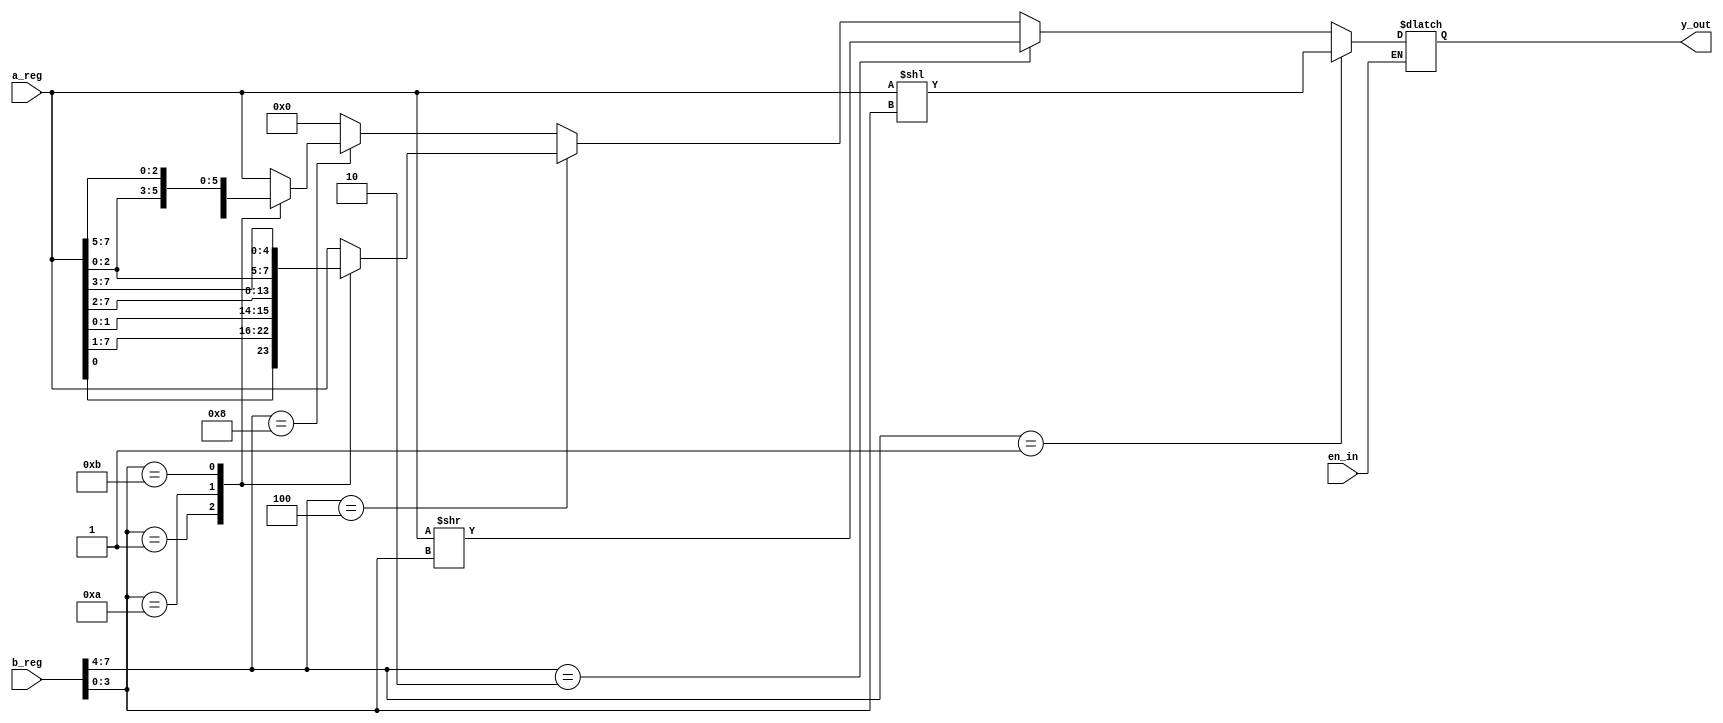
module shift_rotate(output reg[7:0] y_out,
                    input[7:0] a_reg,b_reg,
                    input en_in);
// mode = 0001 : left shift
// mode = 0010: right shift
// mode = 0100: right rotate
// mode = 1000: left rotate

wire [3:0]mode;
assign mode = b_reg[7:4];

always@(*)
begin
if (en_in ==0)
begin
if(mode == 4'b0001) begin
y_out = a_reg<<b_reg[3:0]; end
else if (mode == 4'b0010)
begin y_out =a_reg>> b_reg[3:0];end

/*if( mode == 4'b0001)
case(b_reg[3:0])
4'b0000 :y_out = a_reg<<4'b0000;
4'b0001 :y_out = a_reg<<4'b0001;
4'b0010 :y_out = a_reg<<4'b0010;
4'b0011 :y_out = a_reg<<4'b0011;
4'b0100 :y_out = a_reg<<4'b0100;
4'b0101 :y_out = a_reg<< 4'b0101;
4'b0110: y_out = a_reg << 4'b0110;
4'b0111: y_out = a_reg <<4'b0111;
4'b1000: y_out = a_reg<< 4'b1000;
default: y_out = 8'b00000000;
endcase
// y_out = b_reg>>;
 else if(mode == 4'b0010)
case(b_reg[3:0])
4'b0000 :y_out = a_reg>>4'b0000;
4'b0001 :y_out = a_reg>>4'b0001;
4'b0010 :y_out = a_reg>>4'b0010;
4'b0011 :y_out = a_reg>>4'b0011;
4'b0100 :y_out = a_reg>>4'b0100;
4'b0101 :y_out = a_reg>> 4'b0101;
4'b0110: y_out = a_reg>> 4'b0110;
4'b0111: y_out = a_reg>>4'b0111;
4'b1000: y_out = a_reg>> 4'b1000;
default: y_out = 8'b00000000;
endcase*/
else if(mode == 4'b0100) begin
case(b_reg[3:0])
0000:y_out = a_reg[7:0];
0001:y_out = {a_reg[0],a_reg[7:1]};
010:y_out = {a_reg[1:0],a_reg[7:2]};
0011:y_out ={a_reg[2:0],a_reg[7:3]};
0100:y_out ={a_reg[3:0],a_reg[7:4]};
0101:y_out = {a_reg[4:0],a_reg[7:5]};
0110:y_out = {a_reg[5:0],a_reg[7:6]};
0111:y_out = {a_reg[6:0],a_reg[7]}; 
1000:y_out = a_reg[7:0];
1001:y_out = {a_reg[0],a_reg[7:1]};
1010:y_out = {a_reg[1:0],a_reg[7:2]};
1011:y_out ={a_reg[2:0],a_reg[7:3]};
1100:y_out ={a_reg[3:0],a_reg[7:4]};
1101:y_out = {a_reg[4:0],a_reg[7:5]};
1110:y_out = {a_reg[5:0],a_reg[7:6]};
1111:y_out = {a_reg[6:0],a_reg[7]}; 
default: y_out = a_reg;
endcase 
end
else if(mode == 4'b1000) begin
case(b_reg[3:0])
0000:y_out = a_reg[7:0];
0001:y_out = {a_reg[6:0],a_reg[7]};
0010:y_out = {a_reg[5:0],a_reg[7:6]};
0011:y_out ={a_reg[4:0],a_reg[7:5]};
0100:y_out ={a_reg[3:0],a_reg[7:4]};
0101:y_out = {a_reg[2:0],a_reg[7:3]};
0110:y_out = {a_reg[1:0],a_reg[7:2]};
0111:y_out = {a_reg[0],a_reg[7:1]}; 
1000:y_out = a_reg[7:0];
1001:y_out = {a_reg[6:0],a_reg[7]};
1010:y_out = {a_reg[5:0],a_reg[7:6]};
1011:y_out ={a_reg[4:0],a_reg[7:5]};
1100:y_out ={a_reg[3:0],a_reg[7:4]};
1101:y_out = {a_reg[2:0],a_reg[7:3]};
1110:y_out = {a_reg[1:0],a_reg[7:2]};
1111:y_out = {a_reg[0],a_reg[7:1]};
default y_out = a_reg; 
endcase
end
else begin y_out = 8'b0000000; end
 end // if en_in ends
end  // always ends
endmodule